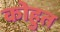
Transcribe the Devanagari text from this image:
कोहुत